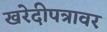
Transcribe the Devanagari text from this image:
खरेदीपत्रावर